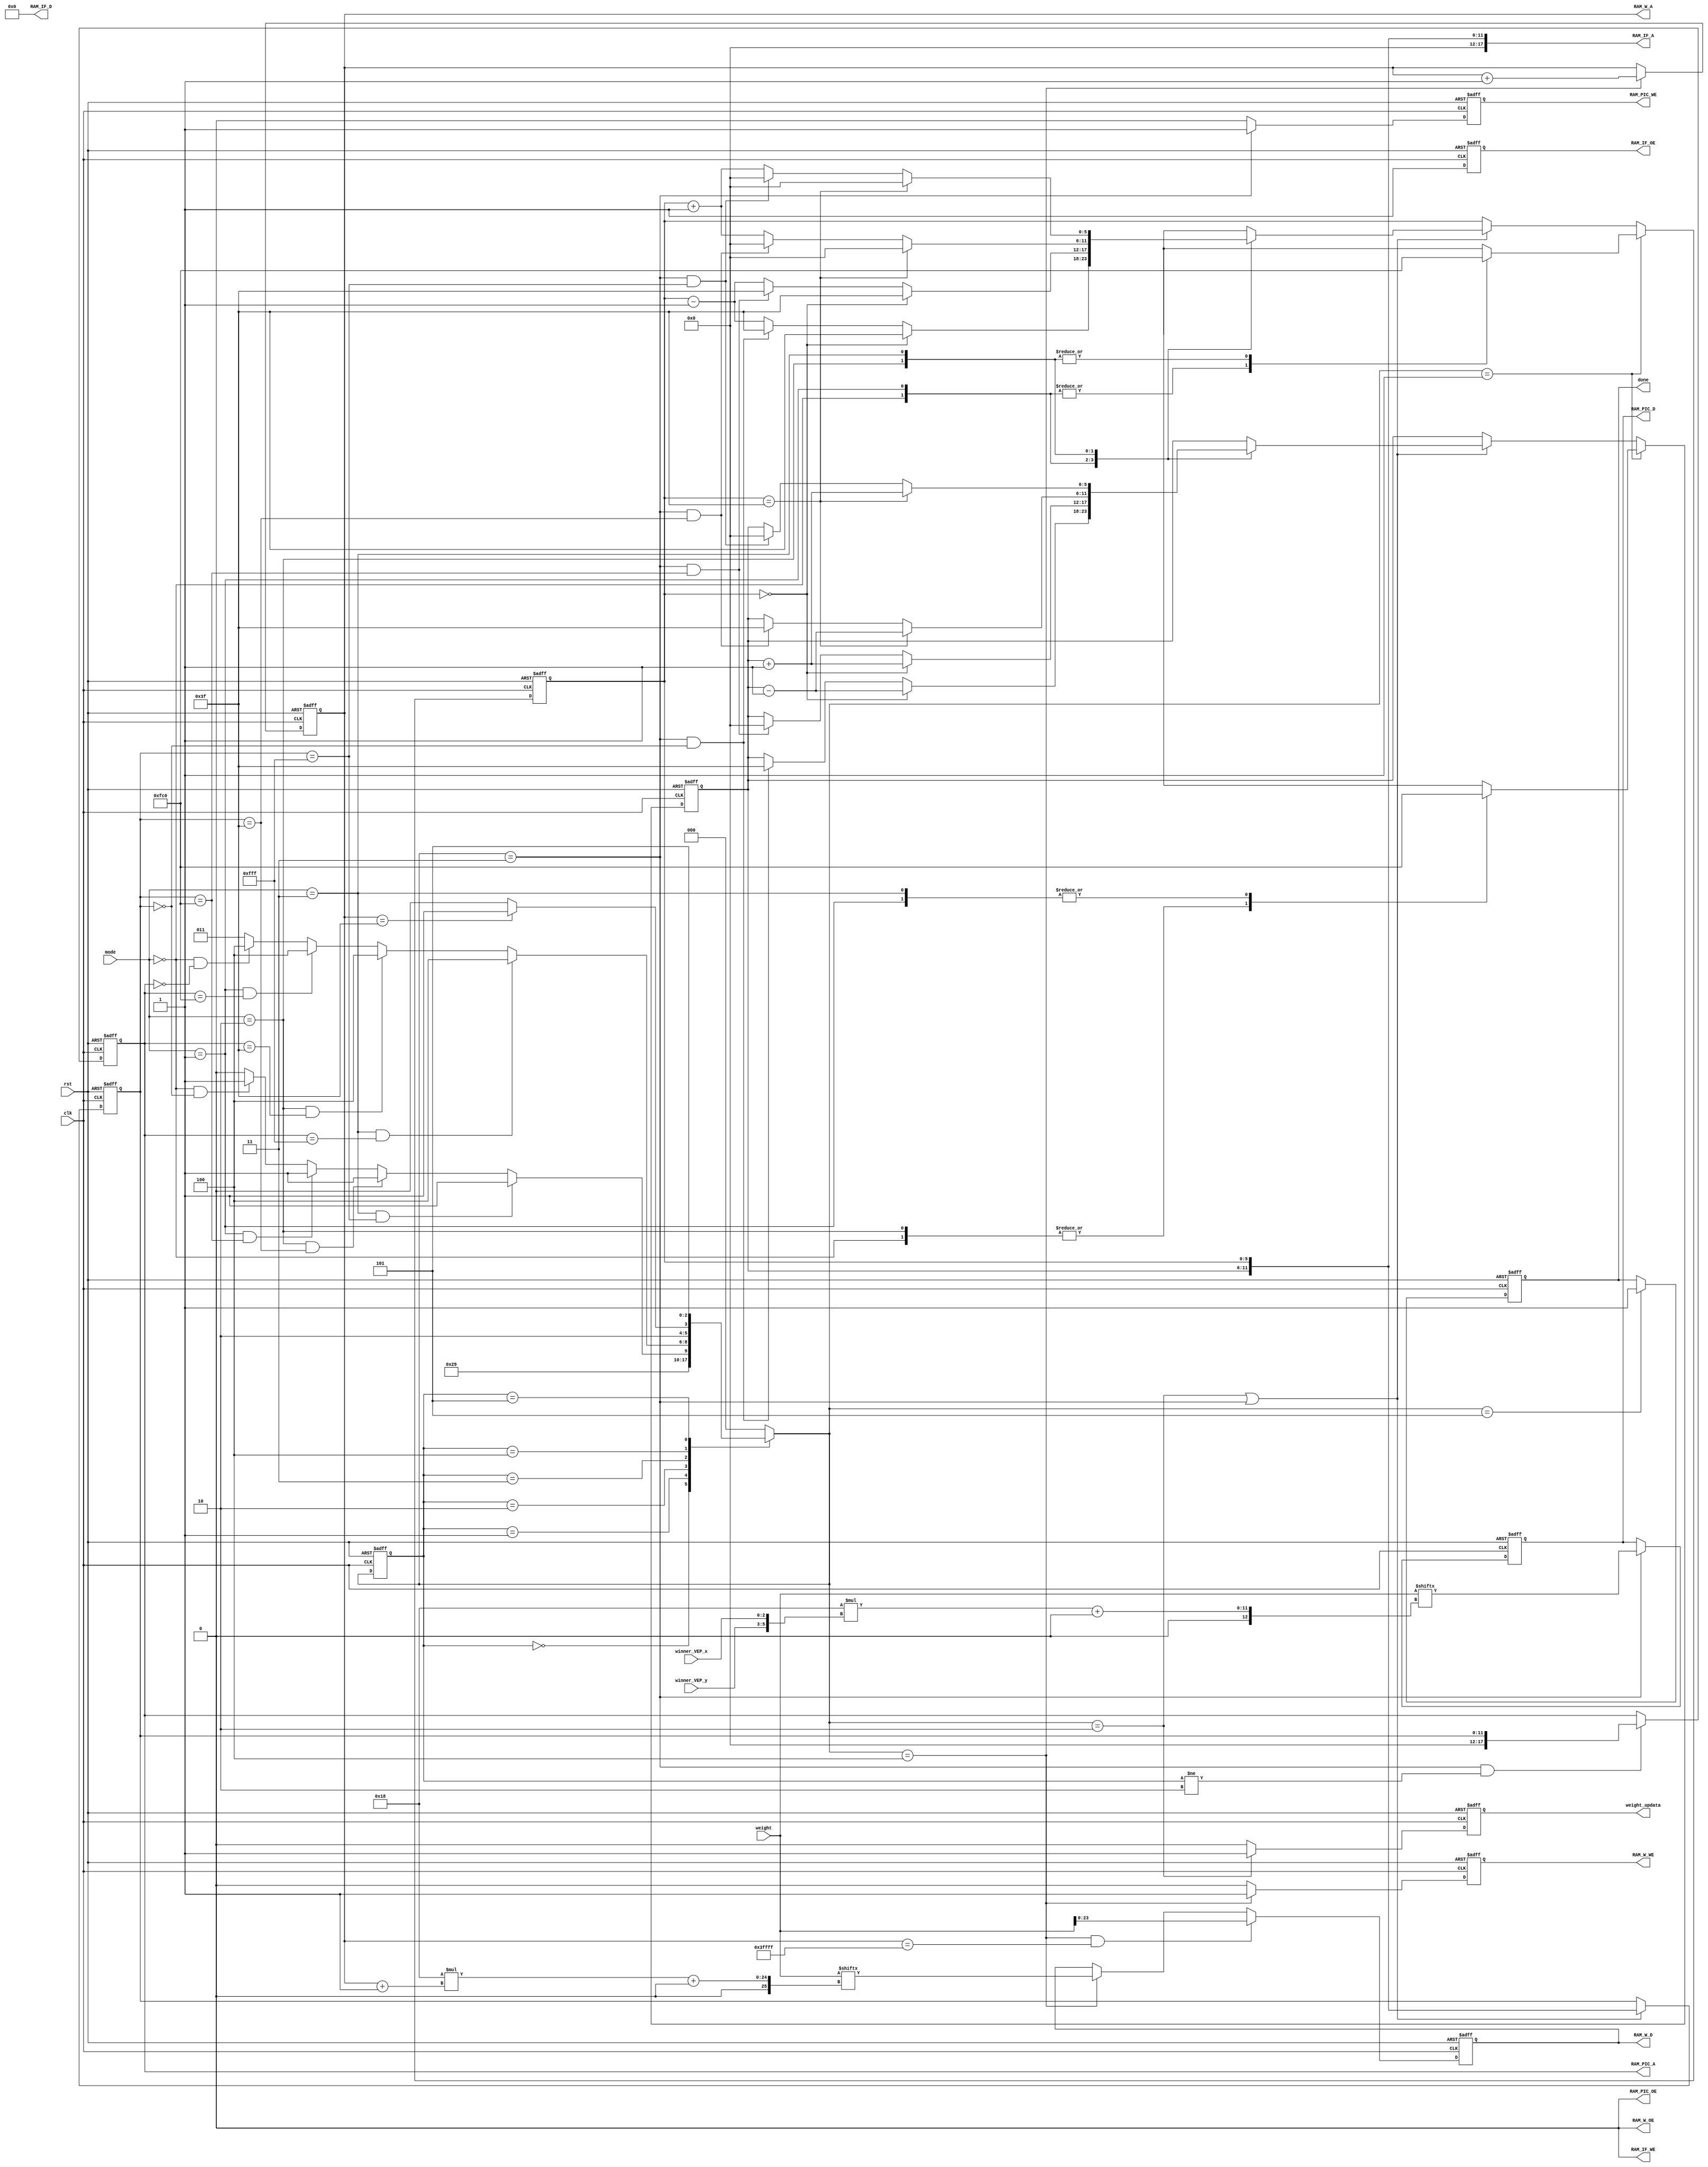
module controller(
  input                 clk,
  input                 rst,
  input   [1:0]         mode,
  input   [24*64 - 1:0] weight,
  input   [2:0]         winner_VEP_x,
  input   [2:0]         winner_VEP_y,
  //IF original picture
  output  reg               RAM_IF_OE,
  output  wire               RAM_IF_WE,
  output  reg [17:0]        RAM_IF_A,
  output  wire [23:0]        RAM_IF_D,
  //W codebook
  output  wire              RAM_W_OE,
  output  reg              RAM_W_WE,
  output  reg [17:0]        RAM_W_A,
  output  reg [23:0]        RAM_W_D,
  //PIC output picture
  output  wire              RAM_PIC_OE,
  output  reg              RAM_PIC_WE,
  output  reg[17:0]        RAM_PIC_A,
  output  reg [23:0]        RAM_PIC_D,
  
  output  reg               weight_updata,
  output  reg               done
);

reg [5:0] RAM_IF_A_x;
reg [5:0] RAM_IF_A_y;
reg [11:0] after_IF_A;


parameter INIT=3'd0;
parameter IDLE=3'd1;        
parameter UPDATA_CB=3'd2;
parameter WRITE_PIC=3'd3;
parameter OUTPUT_CB=3'd4;
parameter FINISH=3'd5; 

reg [2:0] ns,cs;
always@(posedge clk or posedge rst)begin
	if(rst)
		cs <= INIT;
	else
		cs <= ns;
end
always@(*)begin
	case(cs)
		INIT:
			ns = IDLE;
		IDLE:
			ns = UPDATA_CB;
		UPDATA_CB:begin
			if(mode==2'd3 && after_IF_A ==12'd4095)//input picture
				ns = WRITE_PIC;
			else if(mode==2'd2 && after_IF_A ==12'd63)//input picture
				ns = WRITE_PIC;
			else if(mode==2'd1 && after_IF_A ==12'd4032)//input picture
				ns = WRITE_PIC;
			else if(mode==2'd0 && after_IF_A ==12'd0)//input picture
				ns = WRITE_PIC;
			else
				ns = UPDATA_CB;
		end
		WRITE_PIC:begin
			if(mode==2'd3 && RAM_PIC_A==18'd4095)//output picture
				ns = OUTPUT_CB;
			else if(mode==2'd2 && RAM_PIC_A==18'd63)//output picture
				ns = OUTPUT_CB;
			else if(mode==2'd1 && RAM_PIC_A==18'd4032)//output picture
				ns = OUTPUT_CB;
			else if(mode==2'd0 && RAM_PIC_A==18'd0)//output picture
				ns = OUTPUT_CB;
			else
				ns = WRITE_PIC;
		end
		OUTPUT_CB:begin
			if(RAM_W_A==18'd63)//output codebook
				ns = FINISH;
			else
				ns = OUTPUT_CB;
		end
		FINISH:begin
			ns = FINISH;
		end
		default:
			ns = INIT;
	endcase		
end

always@(posedge clk or posedge rst)begin
	if(rst)
		after_IF_A <= 12'd0;
	else if(ns== UPDATA_CB || ns==WRITE_PIC)
		after_IF_A <= RAM_IF_A[11:0];
end

//weight_updata
always@(posedge clk or posedge rst)begin
	if(rst)
		weight_updata <= 1'b0;
	else if(ns == UPDATA_CB)
		weight_updata <= 1'b1;
	else	
		weight_updata <= 1'b0;

end

/*not important=====================================*/
//RAM_IF_WE not use

assign RAM_IF_WE = 1'b0;
assign RAM_IF_D  = 24'd0;
assign RAM_W_OE  = 1'b0;
assign RAM_PIC_OE = 1'b0;
/*
always@(posedge clk or posedge rst) begin
	if(rst)
		RAM_IF_WE <= 1'b0;
	else
		RAM_IF_WE <= 1'b0;
end

//RAM_IF_D not use
always@(posedge clk or posedge rst) begin
	if(rst)
		RAM_IF_D <= 24'd0;
	else
		RAM_IF_D <= 24'd0;
end
//RAM_W_OE not use
always@(posedge clk or posedge rst) begin
	if(rst)
		RAM_W_OE <= 1'b0;
	else 
		RAM_W_OE <= 1'b0;
end
//RAM_PIC_OE not use
always@(posedge clk or posedge rst) begin
	if(rst)
		RAM_PIC_OE <= 1'b0;
	else
		RAM_PIC_OE <= 1'b0;
end
/*=========================================*/

//Ram_PIC_D
wire [5:0] position;
assign position = {winner_VEP_y,winner_VEP_x};
always@(posedge clk or posedge rst)begin
	if(rst)
	    RAM_PIC_D <= 24'd0;
	else if(ns == WRITE_PIC)
	    RAM_PIC_D <= weight[(24*position)+:24];
end
	//(10*(i*8+j))+:10
//RAM_PIC_A(0~4095)
always@(posedge clk or posedge rst)begin
	if(rst)
	    RAM_PIC_A <= 18'd262143;//18'd262142
	else if(ns == WRITE_PIC && cs!=UPDATA_CB)
	    RAM_PIC_A <= {6'd0,after_IF_A};
end
//RAM_PIC_WE
always@(posedge clk or posedge rst)begin
	if(rst)
	    RAM_PIC_WE <= 1'd0;
	else if(ns == WRITE_PIC)
	    RAM_PIC_WE <= 1'd1;
	else
	    RAM_PIC_WE <= 1'd0;	
end
//done
always@(posedge clk or posedge rst)begin
	if(rst)
	   done<=1'b0;
	else if(ns == FINISH)
	   done<=1'b1; 
end

//RAM_W_WE
always@(posedge clk or posedge rst)begin
	if(rst)begin
		RAM_W_WE <= 1'd0;
	end
	else if(ns == OUTPUT_CB)begin
		RAM_W_WE <= 1'd1;
	end
	else
		RAM_W_WE <= 1'b0;
end
//RAM_W_A(0~63)
always@(posedge clk or posedge rst)begin
	if(rst)begin
		RAM_W_A <= 18'd262143;
	end
	else if(ns == OUTPUT_CB)begin
		RAM_W_A <= RAM_W_A + 18'd1;
	end
	else
		RAM_W_A <= RAM_W_A;
end
//RAM_W_D
always@(posedge clk or posedge rst)begin
	if(rst)begin
		RAM_W_D <= 24'd0;
	end
	else if(ns == OUTPUT_CB && RAM_W_A==18'd262143)begin
		RAM_W_D <= weight[23:0];
	end
	else if(ns == OUTPUT_CB)begin
		RAM_W_D <= weight[(24*(RAM_W_A+18'd1))+:24];
	end
end

//RAM_IF_OE
always@(posedge clk or posedge rst)begin
	if(rst)begin
		RAM_IF_OE <= 1'b0;
	end
	else begin
		RAM_IF_OE <= 1'b1;
	end
end
//RAM_IF_A
always@(*)begin
	RAM_IF_A = {6'd0,RAM_IF_A_y,RAM_IF_A_x};
end

//{y,x}
always@(posedge rst or posedge clk) begin
	if(rst)begin
		RAM_IF_A_x <= 6'd0;
		RAM_IF_A_y <= 6'd0;
	end
	else if(ns==IDLE)begin	
		case (mode)
			2'd0:begin
				RAM_IF_A_x <= 6'd63;
				RAM_IF_A_y <= 6'd63;
			end
			2'd1:begin
				RAM_IF_A_x <= 6'd63;
				RAM_IF_A_y <= 6'd0;
			end
			2'd2:begin
				RAM_IF_A_x <= 6'd0;
				RAM_IF_A_y <= 6'd63;
			end
			2'd3:begin
				RAM_IF_A_x <= 6'd0;
				RAM_IF_A_y <= 6'd0;
			end  
		endcase
	end
	else if(ns == UPDATA_CB || ns== WRITE_PIC)begin
		case (mode)
			2'd0:begin
				if(RAM_IF_A_x == 6'd0)begin
					RAM_IF_A_x <= 6'd63;
					RAM_IF_A_y <= RAM_IF_A_y - 6'd1;
				end
				else if(ns == WRITE_PIC && after_IF_A ==12'd0)begin
					RAM_IF_A_x <= 6'd63;
					RAM_IF_A_y <= 6'd63;
				end
				else begin
					RAM_IF_A_x <= RAM_IF_A_x - 6'd1;
				end
			end
			2'd1:begin
				if(RAM_IF_A_x == 6'd0)begin
					RAM_IF_A_x <= 6'd63;
					RAM_IF_A_y <= RAM_IF_A_y + 6'd1;
				end
				else if(ns == WRITE_PIC && after_IF_A ==12'd4032)begin
					RAM_IF_A_x <= 6'd63;
					RAM_IF_A_y <= 6'd0;
				end
				else begin
					RAM_IF_A_x <= RAM_IF_A_x - 6'd1;
				end
			end
			2'd2:begin
				if(RAM_IF_A_x == 6'd63)begin
					RAM_IF_A_x <= 6'd0;
					RAM_IF_A_y <= RAM_IF_A_y - 6'd1;
				end
				else if(ns == WRITE_PIC && after_IF_A ==12'd63)begin
					RAM_IF_A_x <= 6'd0;
					RAM_IF_A_y <= 6'd63;
				end
				else begin
					RAM_IF_A_x <= RAM_IF_A_x + 6'd1;
				end
			end
			2'd3:begin
				if(RAM_IF_A_x == 6'd63)begin
					RAM_IF_A_x <= 6'd0;
					RAM_IF_A_y <= RAM_IF_A_y + 6'd1;
				end
				else if(ns == WRITE_PIC && after_IF_A ==12'd4095)begin
					RAM_IF_A_x <= 6'd0;
					RAM_IF_A_y <= 6'd0;
				end
				else begin
					RAM_IF_A_x <= RAM_IF_A_x + 6'd1;
				end
			end
		endcase
	end
end








endmodule